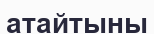
атайтыны